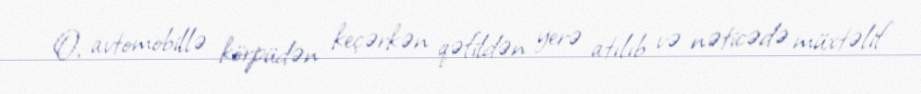
O, avtomobillə körpüdən keçərkən qəfildən yerə atılıb və nəticədə müxtəlif